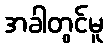
အခါတွင်မူ